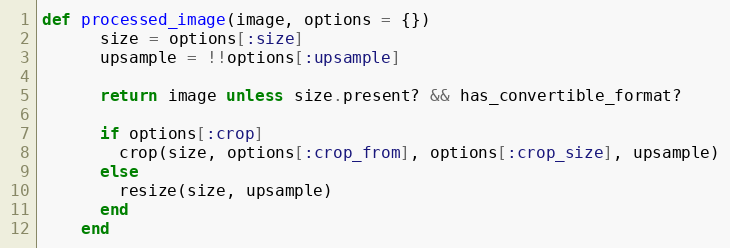
Language: Ruby
def processed_image(image, options = {})
      size = options[:size]
      upsample = !!options[:upsample]

      return image unless size.present? && has_convertible_format?

      if options[:crop]
        crop(size, options[:crop_from], options[:crop_size], upsample)
      else
        resize(size, upsample)
      end
    end